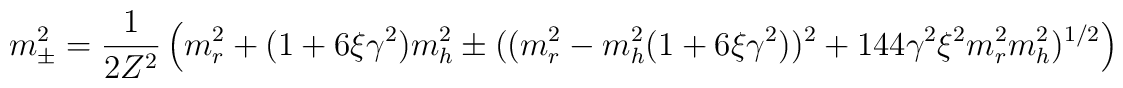
m^2_{\pm}=\frac{1}{2 Z^2}\left(m^2_{r}+(1+ 6 \xi \gamma^2) m^2_h \pm ((m^2_{r}-m^2_h(1+ 6 \xi \gamma^2 ))^2+ 144 \gamma^2 \xi^2 m^2_{r} m^2_h )^{1/2} \right)